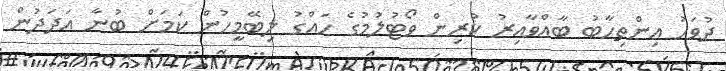
ދުވަހު އިންތިހާބު ބާއްވާއިރު ކުރިން ވޯޓުލުމުގެ ހައްގު ލިބޭމީހުން ކަމަށް ބުނާ އަދަދުން